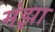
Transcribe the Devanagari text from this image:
मंझा